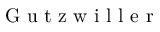
\mathrm { ~ G ~ u ~ t ~ z ~ w ~ i ~ l ~ l ~ e ~ r ~ }